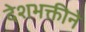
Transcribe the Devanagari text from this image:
देशभक्तीने